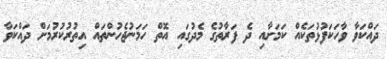
ދައްކަވާ ވާހަކަފުޅުތަކެއް ކަމަށާއި ދެ ފަރާތުގެ މެދުގައި އޮތް ހަމަނުޖެހުންތައް އިތުރުކުރުމަށް ދައްކަވާ